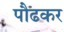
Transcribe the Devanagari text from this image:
पौढकर